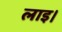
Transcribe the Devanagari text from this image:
लाइ।